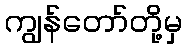
ကျွန်တော်တို့မှ